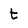
Character: t